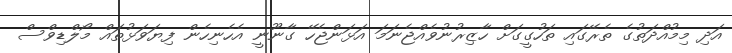
އަދި މިމުއްދަތުގެ ތެރޭގައި ތަހުގީގަށް ހާޒިރުނުވެއްޖެނަމަ އަޅަންޖެހޭ ގާނޫނީ އެހެނިހެން ފިޔަވަޅުތައް މޯލްޑިވްސް